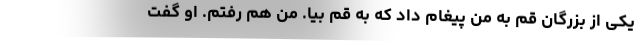
یکی از بزرگان قم به من پیغام داد که به قم بیا. من هم رفتم. او گفت